Vital statistics of India. Vol. V, Reports of 1876 on armies & jails and on epidemic cholera
Year: 1876
Disease focus: Cholera
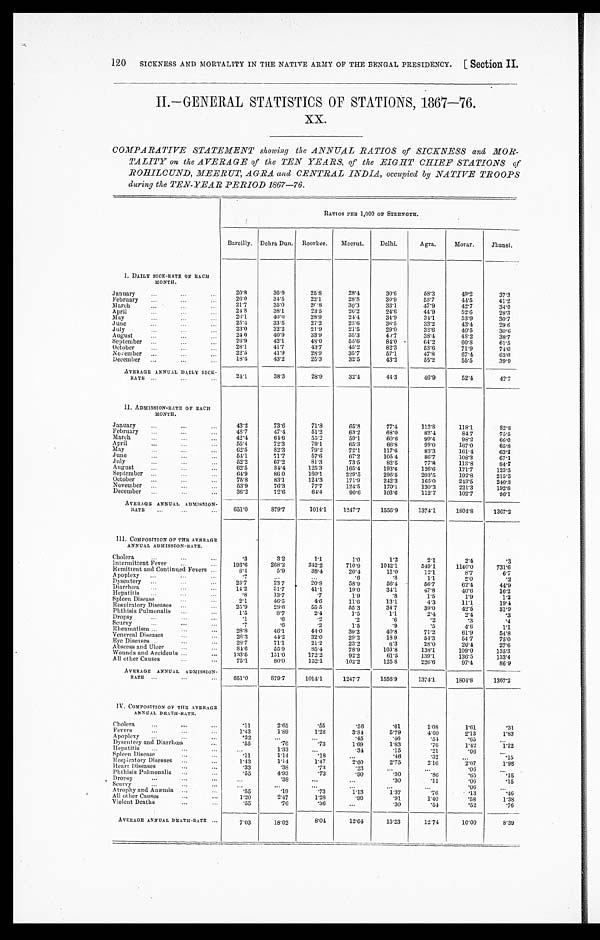
SICKNESS AND MORTALITY IN THE NATIVE ARMY OF THE BENGAL PRESIDENCY.
[Section II.
120
II.—GENERAL STATISTICS OF STATIONS, 1867—76.
xx.
COMPARATIVE STATEMENT showing the ANNUAL RATIOS of SICKNESS and MOR
-TALITY on the AVERAGE of the TEN YEARS, of the EIGHT CHIEF STATIONS of
ROHILCUND, MEERUT, AGRA and CENTRAL INDIA, occupied by NATIVE TROOPS
during the TEN-YEAR PERIOD 1867-76.
RATIOS PER 1,000 OF STRENGTH.
Bareilly. Debra Dun.
Roorkee.
Meerut.
Delhi.
Agra.
Morar.
J h a n s i .
I. DAILY SICK-RATE OF EACH
MONTH.
January . . .
20.8
36.9
25.8
28.4
30.6
58.3
49.2
37.3
26.0
34.5
22.1
28.8
30.9
53.7
44.5
41.2
February . . .
21.7
35.0
20.8
30.3
33.1
47.9
42.7
34.0
March . . .
24.8
38.1
23.5
26.2
24.6
44.9
52.6
28.3
April . . .
26.1
40.0
28.9
24.4
34.9
34.1
53.9
30.7
M a y . . .
25.4
33.5
27.2
23.6
36.5
33.2
43.4
29.6
June . . .
23.0
32.2
21.9
2 1 . 5
29.0
32.6
40.5
30.6
July . . .
August . . .
24.0
40.9
33.9
3 5 . 3
49.7
38.4
48.2
38.7
September . . .
26.9
42.1
48.0
55.6
84.0
64.2
60.8
61.5
28.1
41.7
43.7
45.2
82.3
53.6
71.9
7 4 . 0
October . . .
22.5
41.9
28.9
35.7
57.1
47.8
67.4
65.0
November . . .
18.4
43.2
25.3
32.5
43.2
55.2
55.5
39.9
December . . .
AVERAGE ANNUAL DAILY SICK -
RATE . . .
24.1
38.3
28.9
32.4
44.3
46.9
52.4
42.7
II. ADMISSION-RATE OF EACH
MONTH.
January . . .
43.2
73.6
71.8
65. 8
77.4
112.8
118.1
82.8
February . . .
48.7
47.4
51.2
63.2
68.0
82.4
84.7
75.5
M a r c h . . .
42.4
64.6
55.2
59.1
60.6
99.4
98.2
66.0
April . . .
55.4
72.3
79.1
65.3
66.8
99.0
167.0
65.8
M A Y . . .
62.5
82.3
79.2
72.1
117.6
83.3
161.4
63.2
J u n e . . .
54.1
71.7
57.6
67.2
105.4
86.7
108.3
67.1
July . . .
52.2
67.2
81.3
73.5
82.5
77.8
113.8
84.7
August . . .
62.5
84.4
125.3
165.4
193.6
126.6
171.7
123.3
September .. . .
64.9
86.0
160.1
229.5
295.5
203.5
192.8
215.3
October . . .
75.8
83.1
124.3
171.9
242.3
165.0
243.5
2 4 0 . 2
November . . .
53.9
76.3
77.7
124.5
170.1
130.3
221.3
192.8
December . . .
36.2
72.6
64.4
90.6
103.6
112.7
102.7
96.1
AVERAGE ANNUAL ADMISSION -
RATE . . .
651.0
879.7
1014.1
1247.7
1556.9
1374.1
1804.8
1367.2
III. COMPOSITION OF THE AVERAGE
ANNUAL ADMISSION-RATE.
Cholera . . .
.3
3.2
1.1
1.0
1.2
2.1
2.4
.3
I n t e r m i t t e n t F e v e r . . . .
1 9 3 . 6
268.2
342.2
710.9
1042.1
549.1
1140.0
7 3 1 . 6
Remittent and Continued Fevers . . .
8.4
5.9
38.4
20.4
11.0
12.1
8 . 7
6.7
Apoplexy . . .
.7
. . .
. . .
. 6
.8
1.1
2.0
.2
Dysentery . . .
23.7
23.7
20.8
58.9
56.4
56.7
62.4
44.9
Diarrhœa . . .
14.2
31. 7
41.1
19.0
34.1
47.8
40.6
16.2
Hepatitis . . .
.8
13.7
.7
1.9
.8
1.5
1.9
1.2
Spleen Disease . . .
2.1
46.5
4.6
11. 6
13.1
4.3
11.1
1 9 . 4
Respiratory Diseases . . .
25.9
28.6
55.5
55.3
34.7
39.0
42.5
31.9
Phthisis Pulmonalis . . .
1 . 5
8.7
2.4
1.5
1.l
2.4
2.4
.3
Dropsy . . .
.1
.6
.2
.2
.6
.2
.3
.4
Scurvy . . .
.7
. 6
.2
1.5
.9
.5
4.6
1.1
Rheumatism . . .
28.8
46.1
44. 0
39.2
40.8
71.2
61.9
54.8
Venereal Diseases . . .
28.3
44.2
32.0
29.2
18.9
54.3
54.7
75.0
Eve Diseases . . .
28.7
71.1
21.2
23.2
6.3
28.0
26. 4
27.6
Abscess and Ulcer . . .
84.6
55.9
85.4
78.9
103.8
138.1
109.0
135.3
Wounds and Accidents . . .
133.5
151.0
172.2
92.2
61.5
139.1
136.5
133.4
All other Causes . . .
75.1
80.0
152.1
102.2
125 8
226.6
97. 4
86.9
AVERAGE ANNUAL
A D M I S S I O N - R A T E . . .
651.0
879.7
1014.1
1247.7
1556.9
1374.1
1804.8
1367.2
IV. COMPOSITION OF THE AVERAGE
ANNUAL DEATH-RATE..
Cholera . . .
.11
2.65
.55
.56
.61
1.08
1.61
.31
1.43
1.89
1.28
3.84
5.79
4.00
2.13
1.83
Fevers . . .
Apoplexy . . .
.22
. . .
. . .
.45
.46
.54
.65
. . .
Dysentery and Diarrhœa . . .
.55
.76
.73
1.69
1.83
.76
1.42
1.22
Hepatitis . . .
. . .
1.33
. . .
.34
.15
.21
.06
. . .
Spleen Disease . . .
.11
1.14
.18
. . .
.46
.32
. . .
.15
Respiratory Diseases . . .
1.43
1 . 1 4
1.47
2.60
2.75
2.16
2.07
1.98
Heart Diseases . . .
.33
.38
.73
.23
. . .
. . .
.06
. . .
Phthisis Pulmonalis . . .
.55
4.93
.73
.90
.30
.86
.65
.15
Dropsy . . .
. . .
.38
. . .
. . .
.30
.11
.06
.15
S c u r v y . . .
. . .
. . .
. . .
. . .
. . .
. . .
.06
. . .
Atrophy and Anæmia . . .
.55
.19
.73
1.13
1.37
.76
.13
.46
All other Causes . . .
1.20
2.47
1.28
.90
.91
1.40
.58
1.38
Violent Deaths . . .
.55
.76
.36
. . .
. 3 0
. 5 4
.52
.76
AVERAGE ANNUAL DEATH-RATE . . .
7.03
18.02
8.04
12.64
15.23
12.74
10.00
8.39